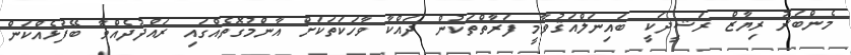
މެންބަރު ރިޔާޒް ރަޝީދަކީ ބައިނަލްއަޤުވާމީ ފަރާތްތަކުން ދައްކާ ވާހަކަތަކަށް އާންމުގޮތެއްގައި ރައްދުދެއްވާ ބޭފުޅެއްކަން